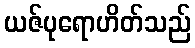
ယဇ်ပုရောဟိတ်သည်